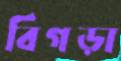
বিগড়া